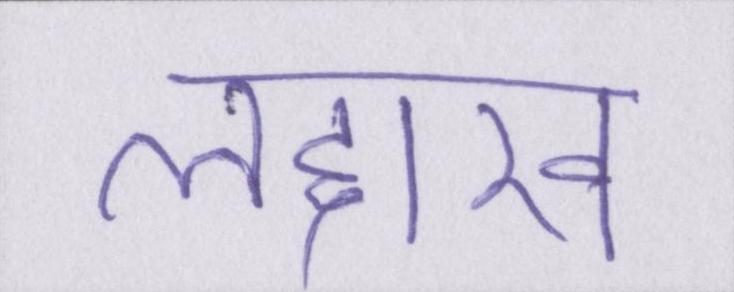
लद्दाख